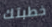
خطبتك